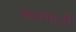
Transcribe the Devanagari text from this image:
खसोटती